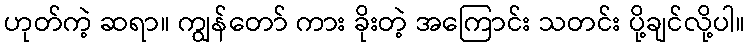
ဟုတ်ကဲ့ ဆရာ။ ကျွန်တော် ကား ခိုးတဲ့ အကြောင်း သတင်း ပို့ချင်လို့ပါ။